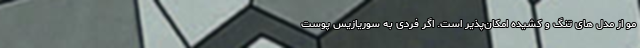
مو از مدل های تنگ و کشیده امکان‌پذیر است. اگر فردی به سوریازیس پوست